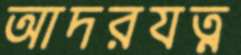
আদরযত্ন